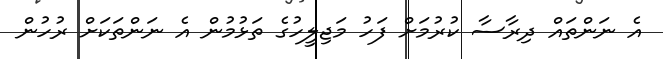
އެ ނަންތައް ދިރާސާ ކުރުމަށް ފަހު މަޖިލީހުގެ ތަޅުމުން އެ ނަންތަކަށް ރުހުން